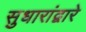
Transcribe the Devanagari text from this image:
सुधारांद्वारे